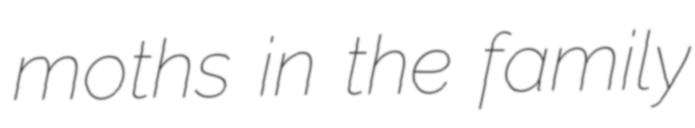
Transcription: moths in the family